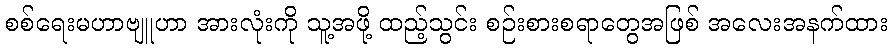
စစ်ရေးမဟာဗျူဟာ အားလုံးကို သူ့အဖို့ ထည့်သွင်း စဉ်းစားစရာတွေအဖြစ် အလေးအနက်ထား